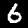
Label: 6